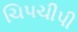
ચિપચીપી